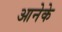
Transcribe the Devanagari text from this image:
आनेके